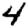
Digit: 4